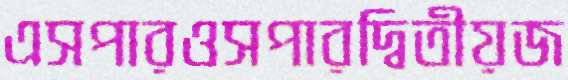
এসপারওসপারদ্বিতীয়জ